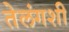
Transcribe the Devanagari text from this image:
तेलंगशी